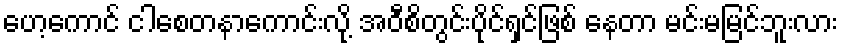
ဟေ့ကောင် ငါစေတနာကောင်းလို့ အဝီစိတွင်းပိုင်ရှင်ဖြစ် နေတာ မင်းမမြင်ဘူးလား